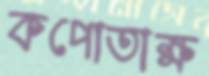
কপোতাক্ষ